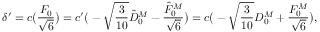
\delta ^ { \prime } = c \big ( \frac { F _ { 0 } } { \sqrt { 6 } } \big ) = c ^ { \prime } \big ( - \sqrt { \frac { 3 } { 1 0 } } \hat { D } _ { 0 } ^ { M } - \frac { \hat { F } _ { 0 } ^ { M } } { \sqrt { 6 } } \big ) = c \big ( - \sqrt { \frac { 3 } { 1 0 } } D _ { 0 } ^ { M } + \frac { F _ { 0 } ^ { M } } { \sqrt { 6 } } \big ) ,